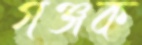
গঞ্জক